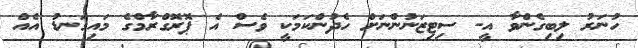
ހުނަރު ލިބިގެންވާ އީ- ސިޓިޒަނުންނަށް ހެދުންކަމަކީ ވެސް އެ ޕޮރޮގްރާމްގެ މައިގަނޑު އެއް